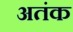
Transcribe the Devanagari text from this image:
अतंक